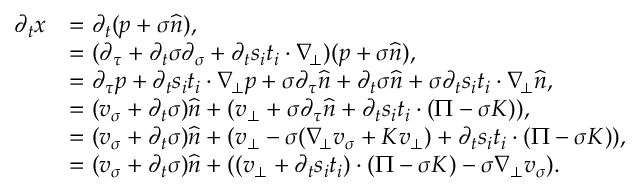
\begin{array} { r l } { \partial _ { t } x } & { = \partial _ { t } ( p + \sigma \widehat { n } ) , } \\ & { = ( \partial _ { \tau } + \partial _ { t } \sigma \partial _ { \sigma } + \partial _ { t } s _ { i } t _ { i } \cdot \nabla _ { \! \bot } ) ( p + \sigma \widehat { n } ) , } \\ & { = \partial _ { \tau } p + \partial _ { t } s _ { i } t _ { i } \cdot \nabla _ { \! \bot } p + \sigma \partial _ { \tau } \widehat { n } + \partial _ { t } \sigma \widehat { n } + \sigma \partial _ { t } s _ { i } t _ { i } \cdot \nabla _ { \! \bot } \widehat { n } , } \\ & { = ( v _ { \sigma } + \partial _ { t } \sigma ) \widehat { n } + ( v _ { \bot } + \sigma \partial _ { \tau } \widehat { n } + \partial _ { t } s _ { i } t _ { i } \cdot ( \Pi - \sigma K ) ) , } \\ & { = ( v _ { \sigma } + \partial _ { t } \sigma ) \widehat { n } + ( v _ { \bot } - \sigma ( \nabla _ { \! \bot } v _ { \sigma } + K v _ { \bot } ) + \partial _ { t } s _ { i } t _ { i } \cdot ( \Pi - \sigma K ) ) , } \\ & { = ( v _ { \sigma } + \partial _ { t } \sigma ) \widehat { n } + ( ( v _ { \bot } + \partial _ { t } s _ { i } t _ { i } ) \cdot ( \Pi - \sigma K ) - \sigma \nabla _ { \bot } v _ { \sigma } ) . } \end{array}